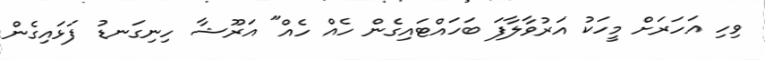
ވިހި އަހަރަށް މީހަކު އަރުވާލާފަ ބަހައްޓައިގެން ހެއް ހެއް" އަރޫޝާ ހިނިގަނޑު ފަޅައިގެން